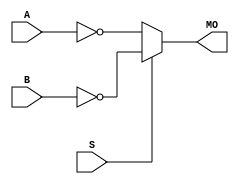
module stratixiv_nmux21 (MO, A, B, S);
   input A, B, S; 
   output MO; 
   assign MO = (S == 1) ? ~B : ~A; 
endmodule